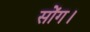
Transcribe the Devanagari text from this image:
सोंग।